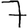
Digit: 7